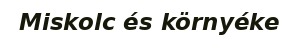
Miskolc és környéke